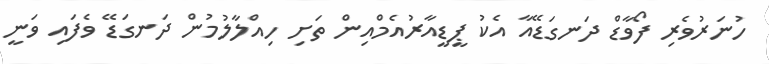
ހުނަރުވެރި ފޯވާޑް ދަނގަޑޭއާ އެކު ޕީޑީއާރުއެމްއިން ތަށި ހިއްލާލުމުން ދަނގަޑޭ ވެފައި ވަނީ